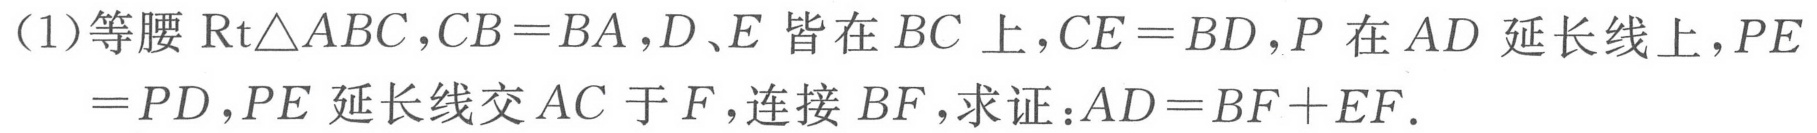
(1)等腰\(\text{Rt}\triangle ABC\)，\(CB = BA\)，\(D、E\)皆在\(BC\)上，\(CE = BD\)，\(P\)在\(AD\)延长线上，\(PE=PD\)，\(PE\)延长线交\(AC\)于\(F\)，连接\(BF\)，求证：\(AD = BF + EF\).